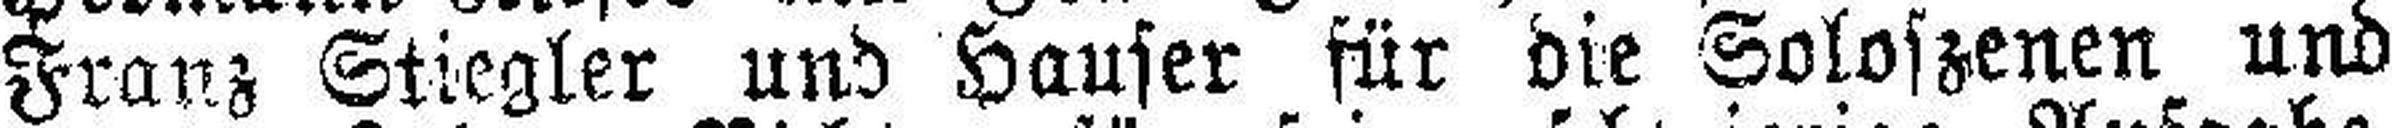
Franz Stiegler und Hauser für die Soloszenen und